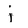
Character: j